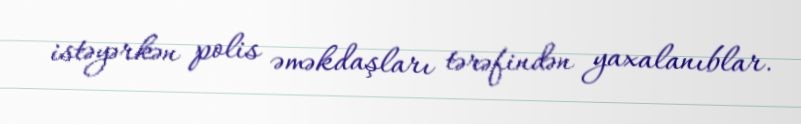
istəyərkən polis əməkdaşları tərəfindən yaxalanıblar.